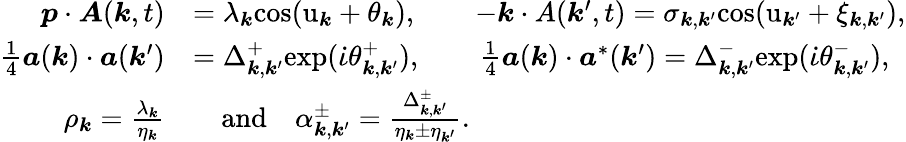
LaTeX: \begin{array}{rl}{\boldsymbol{p}\cdot\boldsymbol{A}(\boldsymbol{k},t)}&{=\lambda_{\boldsymbol{k}}\mathrm{cos}(\mathrm{u}_{\boldsymbol{k}}+\theta_{\boldsymbol{k}}),\qquad-\boldsymbol{k}\cdot A(\boldsymbol{k}^{\prime},t)=\sigma_{\boldsymbol{k},\boldsymbol{k}^{\prime}}\mathrm{cos}(\mathrm{u}_{\boldsymbol{k}^{\prime}}+\xi_{\boldsymbol{k},\boldsymbol{k}^{\prime}}),}\\ {\frac{1}{4}\boldsymbol{a}(\boldsymbol{k})\cdot\boldsymbol{a}(\boldsymbol{k}^{\prime})}&{=\Delta_{\boldsymbol{k},\boldsymbol{k}^{\prime}}^{+}\mathrm{exp}(\dot{\iota}\theta_{\boldsymbol{k},\boldsymbol{k}^{\prime}}^{+}),\qquad\frac{1}{4}\boldsymbol{a}(\boldsymbol{k})\cdot\boldsymbol{a}^{*}(\boldsymbol{k}^{\prime})=\Delta_{\boldsymbol{k},\boldsymbol{k}^{\prime}}^{-}\mathrm{exp}(\dot{\iota}\theta_{\boldsymbol{k},\boldsymbol{k}^{\prime}}^{-}),}\\ {\rho_{\boldsymbol{k}}=\frac{\lambda_{\boldsymbol{k}}}{\eta_{\boldsymbol{k}}}}&{\quad\mathrm{and}\quad\alpha_{\boldsymbol{k},\boldsymbol{k}^{\prime}}^{\pm}=\frac{\Delta_{\boldsymbol{k},\boldsymbol{k}^{\prime}}^{\pm}}{\eta_{\boldsymbol{k}}\pm\eta_{\boldsymbol{k}^{\prime}}}.}\end{array}